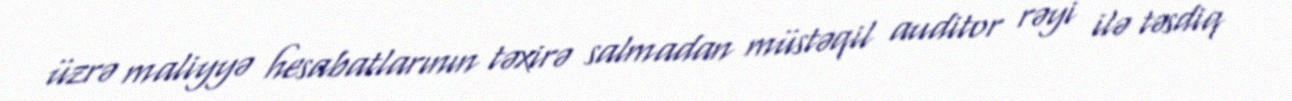
üzrə maliyyə hesabatlarının təxirə salmadan müstəqil auditor rəyi ilə təsdiq